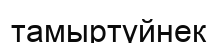
тамыртүйнек